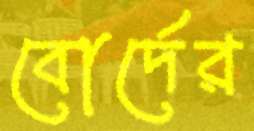
বোর্দের